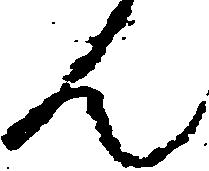
ん